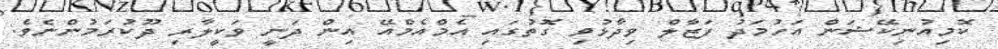
ކޮމިއުނިކޭޝަން އަހުމަދު ފަޒާލް ވިދާޅުވި ގޮތުގައި އެމްއެމްއޭ އިން ދަނީ ވަކީލާރި ދޫކުރަމުންނެވެ.